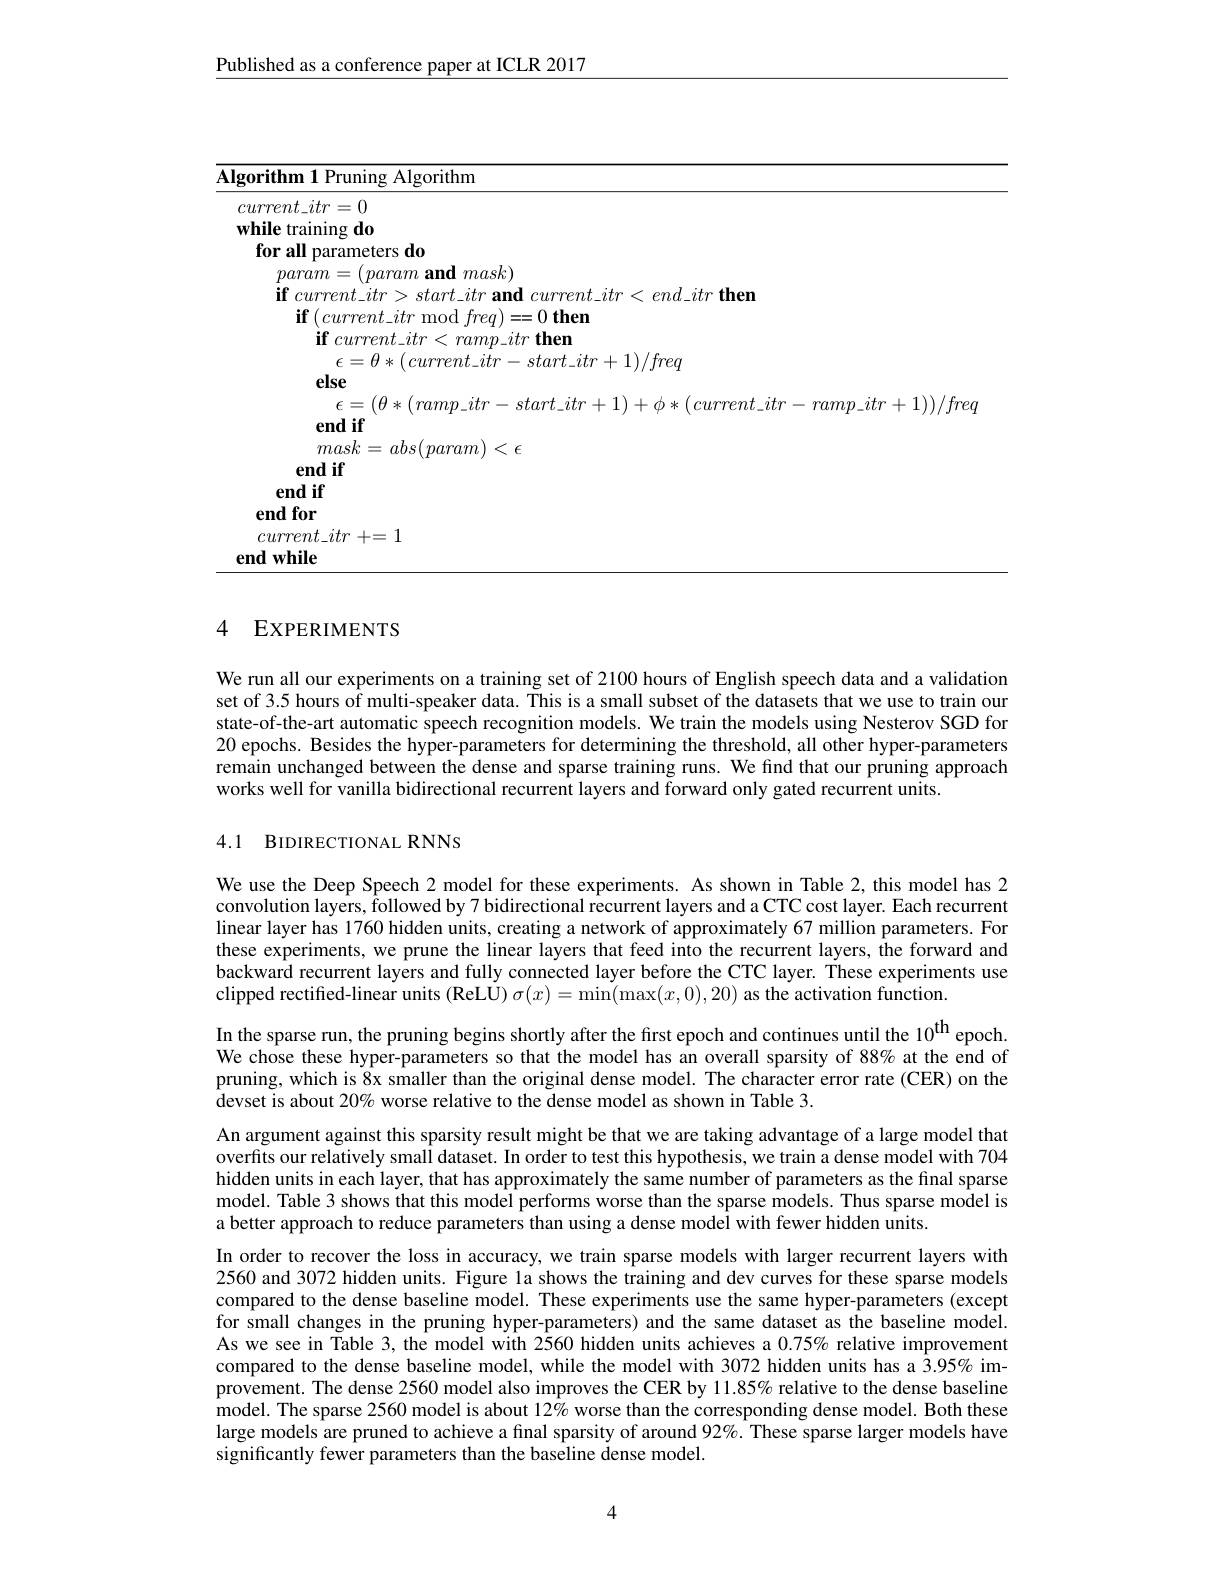
Published as a conference paper at ICLR 2017

<table>
	<tbody>
		<tr>
			<th>$\textbf{lgorithm 1 Pruning Algorithm}$</th>
			<th>$\overline{\mathbf{Alg}}$</th>
			<th>${\mathrm{thm}}$</th>
		</tr>
		<tr>
			<td>$current\_itr=0$ while training do for all parameters do</td>
			<td>$W$</td>
			<td> </td>
		</tr>
		<tr>
			<td>$\epsilon=(\theta*(ramp\_itr-start\_itr+1)+\phi*(current\_itr-ramp$ end if</td>
			<td> </td>
			<td>$p\_itr-start\_itr+1)+\phi\ast(current\_itr-ramp\_itr+1))/freq$</td>
		</tr>
		<tr>
			<td>$current\_itr+=1$ endwhile</td>
			<td>$\mathbf{e}$</td>
			<td> </td>
		</tr>
	</tbody>
</table>

### 4 EXPERIMENTS

We run all our experiments on a training set of 2100 hours of English speech data and a validation set of 3.5 hours of multi-speaker data. This is a small subset of the datasets that we use to train our state-of-the-art automatic speech recognition models. We train the models using Nesterov SGD for 20 epochs. Besides the hyper-parameters for determining the threshold, all other hyper-parameters remain unchanged between the dense and sparse training runs. We find that our pruning approach works well for vanilla bidirectional recurrent layers and forward only gated recurrent units.

## 4.1 BIDIRECTIONAL RNNS

We use the Deep Speech 2 model for these experiments. As shown in Table 2, this model has 2 convolution layers, followed by 7 bidirectional recurrent layers and a CTC cost layer. Each recurrent linear layer has 1760 hidden units, creating a network of approximately 67 million parameters. For these experiments, we prune the linear layers that feed into the recurrent layers, the forward and backward recurrent layers and fully connected layer before the CTC layer. These experiments use clipped rectified-linear units (ReL$\dot{\mathbf{U}})\sigma(x)=\min(\max(x,0),20)$ as the activation function.
In the sparse run, the pruning begins shortly after the first epoch and continues until the 10$^\mathrm{th}$ epoch. We chose these hyper-parameters so that the model has an overall sparsity of 88% at the end of pruning, which is 8x smaller than the original dense model. The character error rate (CER) on the devset is about 20% worse relative to the dense model as shown in Table 3.
An argument against this sparsity result might be that we are taking advantage of a large model that overfits our relatively small dataset. In order to test this hypothesis, we train a dense model with 704 hidden units in each layer, that has approximately the same number of parameters as the final sparse model. Table 3 shows that this model performs worse than the sparse models. Thus sparse model is a better approach to reduce parameters than using a dense model with fewer hidden units.
In order to recover the loss in accuracy, we train sparse models with larger recurrent layers with 2560 and 3072 hidden units. Figure la shows the training and dev curves for these sparse models compared to the dense baseline model. These experiments use the same hyper-parameters (except for small changes in the pruning hyper-parameters) and the same dataset as the baseline model. As we see in Table 3, the model with 2560 hidden units achieves a $0.75\%$ relative improvement compared to the dense baseline model, while the model with 3072 hidden units has a 3.95% improvement. The dense 2560 model also improves the CER by 11.85% relative to the dense baseline model. The sparse 2560 model is about 12% worse than the corresponding dense model. Both these large models are pruned to achieve a fınal sparsity of around 92%. These sparse larger models have significantly fewer parameters than the baseline dense model.

4